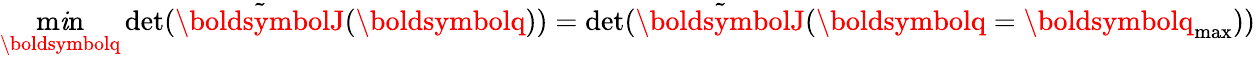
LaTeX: \operatorname*{m\mathit{i}n}_{\boldsymbolq}\operatorname*{det}(\tilde{{\boldsymbolJ}}(\boldsymbolq))=\operatorname*{det}(\tilde{{\boldsymbolJ}}(\boldsymbolq=\boldsymbolq_{\mathrm{{max}}}))